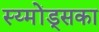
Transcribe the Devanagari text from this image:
स्य्मोंड्सका